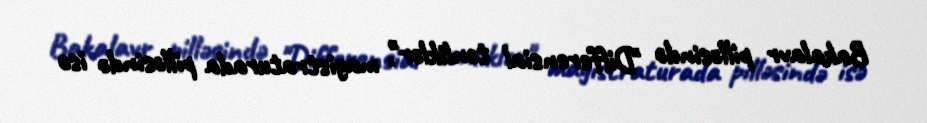
Bakalavr pilləsində "Differensial tənliklər", magistraturada pilləsində isə